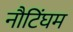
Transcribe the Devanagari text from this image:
नौटिंघम